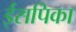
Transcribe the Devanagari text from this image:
ईसपिका